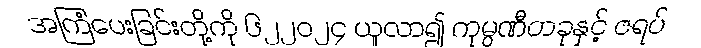
အကြံပေးခြင်းတို့ကို ၆၂၂၀၂၄ ယူလာ၍ ကုမ္ပဏီတခုနှင့် ဇရပ်